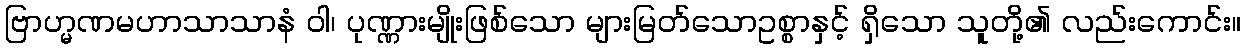
ဗြာဟ္မဏမဟာသာသာနံ ဝါ၊ ပုဏ္ဏားမျိုးဖြစ်သော များမြတ်သောဥစ္စာနှင့် ရှိသော သူတို့၏ လည်းကောင်း။